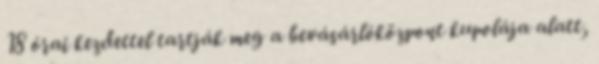
18 órai kezdettel tartják meg a bevásárlóközpont kupolája alatt,